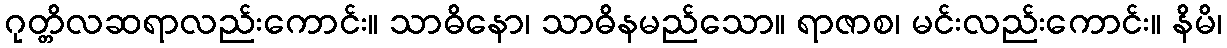
ဂုတ္တိလဆရာလည်းကောင်း။ သာဓိနော၊ သာဓိနမည်သော။ ရာဇာစ၊ မင်းလည်းကောင်း။ နိမိ၊